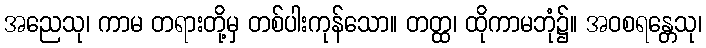
အညေသု၊ ကာမ တရားတို့မှ တစ်ပါးကုန်သော။ တတ္ထ၊ ထိုကာမဘုံ၌။ အဝစရန္တေသု၊